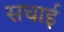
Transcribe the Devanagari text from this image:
सधाई